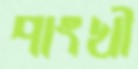
পাংখী